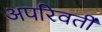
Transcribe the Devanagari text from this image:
अपरिवर्तीं